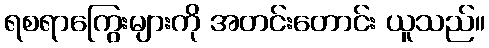
ရစရာကြွေးများကို အတင်းတောင်း ယူသည်။